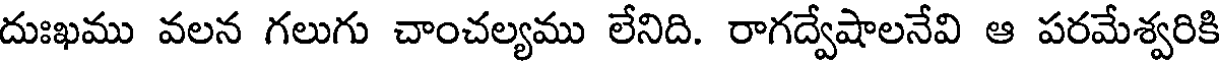
దుఃఖము వలన గలుగు చాంచల్యము లేనిది. రాగద్వేషాలనేవి ఆ పరమేశ్వరికి